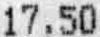
17.50